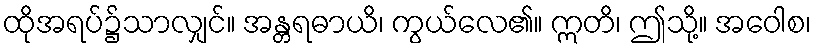
ထိုအရပ်၌သာလျှင်။ အန္တရဓာယိ၊ ကွယ်လေ၏။ ဣတိ၊ ဤသို့။ အဝေါစ၊